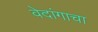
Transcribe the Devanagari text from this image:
वेदांगाचा